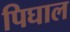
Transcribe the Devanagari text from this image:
पिघाल